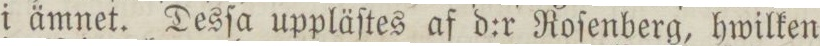
i ämnet. Desſa uppläſtes af d:r Roſenberg, hwilken